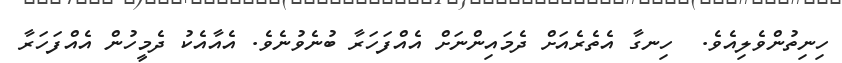
ހިނިތުންވެލިއެވެ.  ހިނގާ އެތެރެއަށް ދެމައިންނަށް އެއްފަހަރާ ބުނެވުނެވެ. އެއާއެކު ދެމީހުން އެއްފަހަރާ